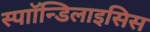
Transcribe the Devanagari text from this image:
स्पाॉन्डिलाइसिस